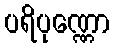
ပရိပုဏ္ဏော